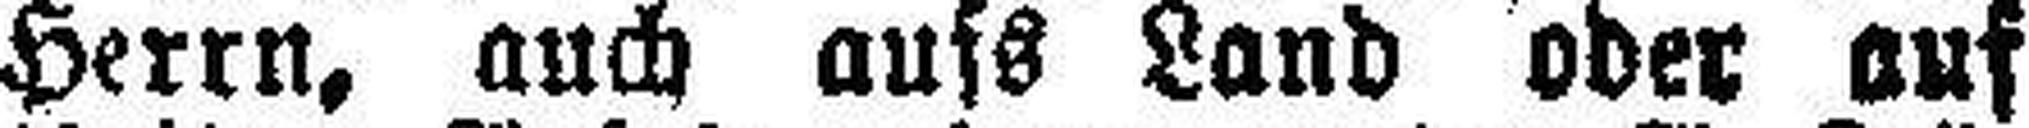
Herrn, auch aufs Land oder auf